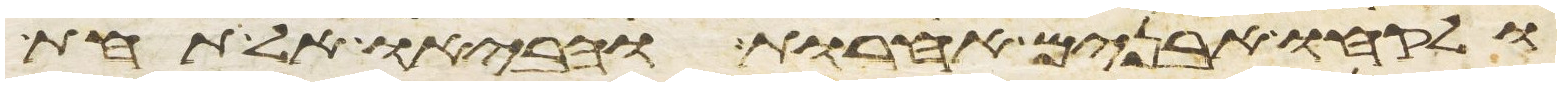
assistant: ולקחו אבנים אחרות והביאו אל תחת